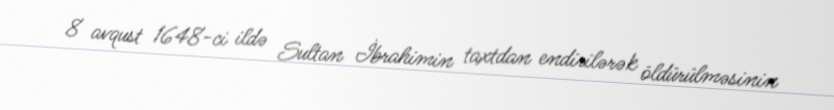
8 avqust 1648-ci ildə Sultan İbrahimin taxtdan endirilərək öldürülməsinin